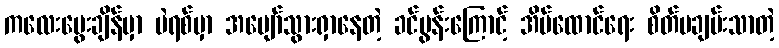
ကလေးမွေးချိန်မှာ ပဲရစ်မှာ အပျော်သွားရှာနေတဲ့ ခင်ပွန်းကြောင့် အိမ်ထောင်ရေး စိတ်မချမ်းသာတဲ့